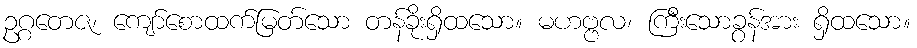
ဥဂ္ဂတေဇ၊ ကျော်စောထက်မြတ်သော တန်ခိုးရှိထသော။ မဟဗ္ဗလ၊ ကြီးသောခွန်အား ရှိထသော။